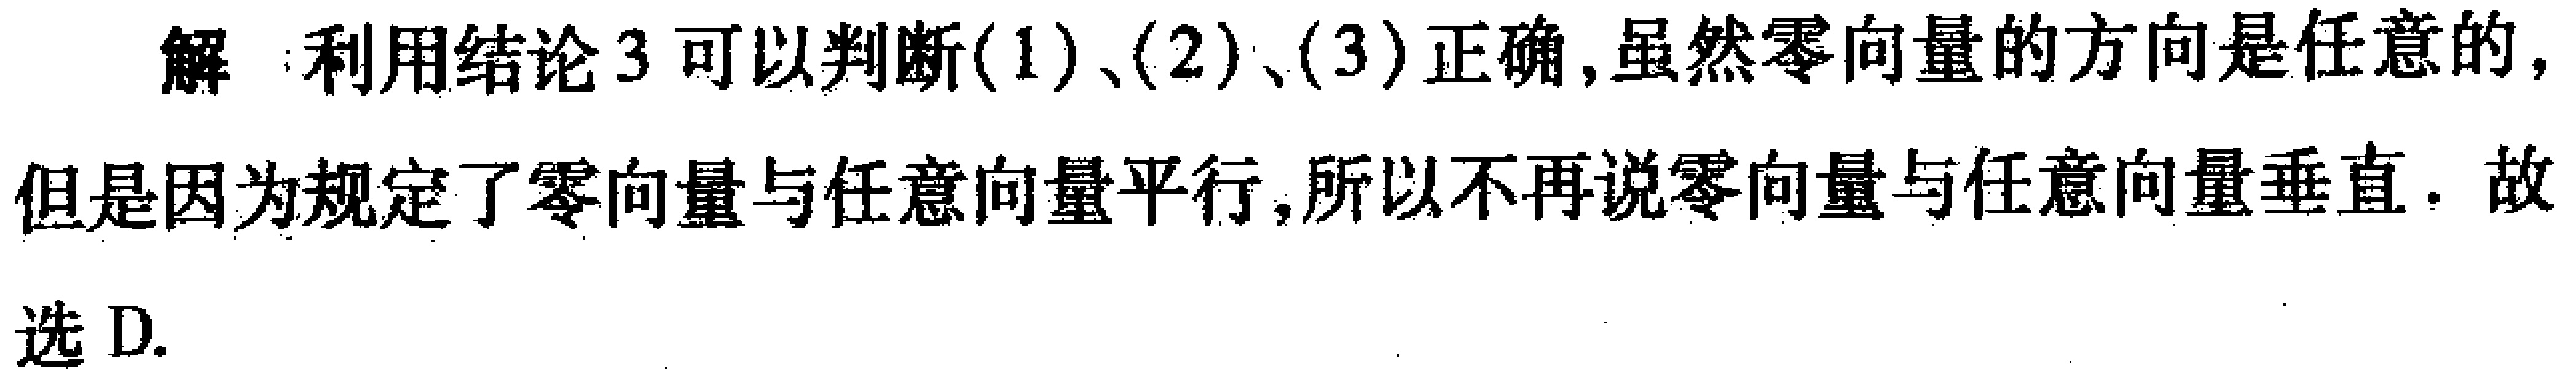
解：利用结论3可以判断(1)、(2)、(3)正确,虽然零向量的方向是任意的,但是因为规定了零向量与任意向量平行,所以不再说零向量与任意向量垂直. 故选D.